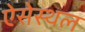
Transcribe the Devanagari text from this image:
ऐसेस्थल